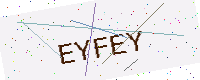
Text: EYFEY